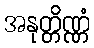
အနုတ္တိဏ္ဏံ